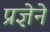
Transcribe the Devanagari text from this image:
प्रज्ञेने